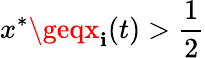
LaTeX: x^{*}\geqx_{\mathbf{i}}(t)>\frac{{1}}{{2}}